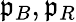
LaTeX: \mathfrak{p}_{B},\mathfrak{p}_{R}